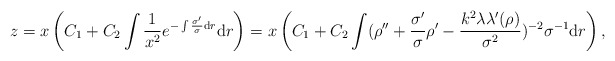
\begin{align*}z=x\left(C_1+C_2\int\frac{1}{x^2}e^{-\int \frac{\sigma'}{\sigma}{\rm d}r}{\rm d}r\right)=x\left(C_1+C_2\int(\rho''+\frac{\sigma'}{\sigma}\rho'-\frac{k^2\lambda\lambda'(\rho)}{\sigma^2})^{-2}\sigma^{-1}{\rm d}r\right),\end{align*}